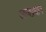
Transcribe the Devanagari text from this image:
आजप्रधान